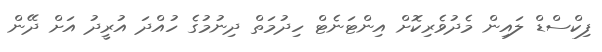
ފިކްސްޑް ލައިން މެދުވެރިކޮށް އިންޓަނެޓް ހިދުމަތް ދިނުމުގެ ހުއްދަ އުރީދު އަށް ދޭން